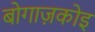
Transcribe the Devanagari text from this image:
बोगाज़कोइ